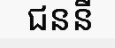
ជននី